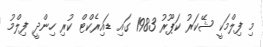
މި ފިލްމަކީ ޝޭކަރު ކަޕޫރު 1983 ގައި ޑައިރެކްޓް ކުރި ހިންދީ ފިލްމު